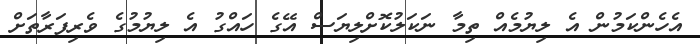
އެހެންކަމުން އެ ލިޔުމެއް ތިމާ ނަކަލުކޮށްލިޔަސް އޭގެ ހައްގު އެ ލިޔުމުގެ ވެރިފަރާތަށް